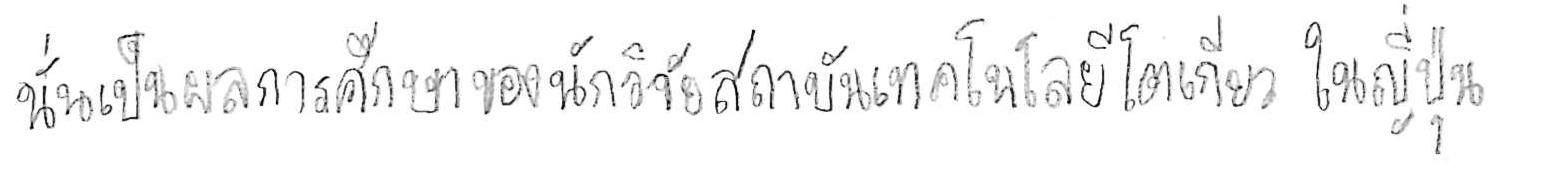
นั่นเป็นผลการศึกษาของนักวิจัยสถาบันเทคโนโลยีโตเกียว ในญี่ปุ่น